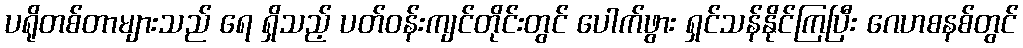
ပရိုတစ်တာများသည် ရေ ရှိသည့် ပတ်ဝန်းကျင်တိုင်းတွင် ပေါက်ဖွား ရှင်သန်နိုင်ကြပြီး ဂေဟစနစ်တွင်